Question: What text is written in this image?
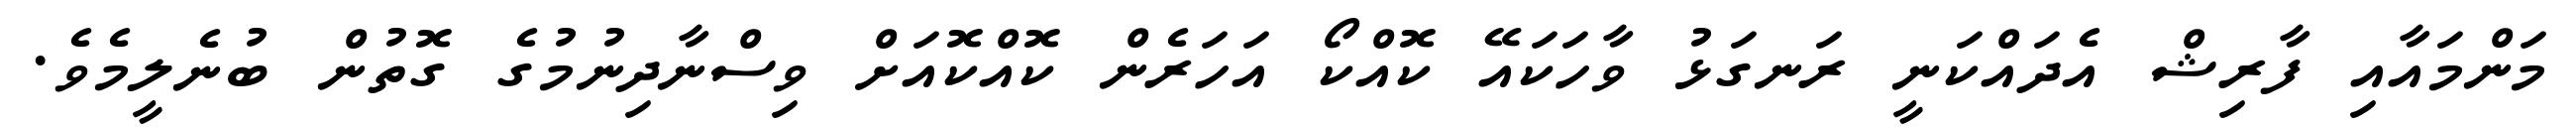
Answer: މަންމައާއި ފާރިޝް އެދައްކަނީ ރަނގަޅު ވާހަކައޭ ކޮއްކޯ އަހަރެން ކޮއްކޮއަށް ވިސްނާދިނުމުގެ ގޮތުން ބުނެލީމެވެ.